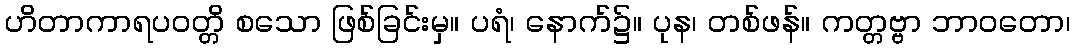
ဟိတာကာရပဝတ္တိ စသော ဖြစ်ခြင်းမှ။ ပရံ၊ နောက်၌။ ပုန၊ တစ်ဖန်။ ကတ္တဗ္ဗာ ဘာဝတော၊